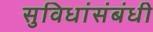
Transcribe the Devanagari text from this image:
सुविधांसंबंधी